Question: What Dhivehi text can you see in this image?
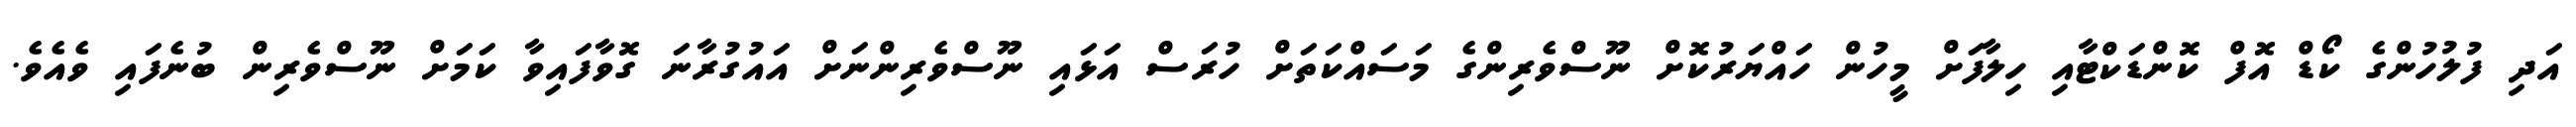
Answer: އަދި ފުލުހުންގެ ކޯޑް އޮފް ކޮންޑަކްޓާއި ހިލާފަށް މީހުން ހައްޔަރުކޮށް ނޫސްވެރިންގެ މަސައްކަތަށް ހުރަސް އަޅައި ނޫސްވެރިންނަށް އައުގުރާނަ ގޮވާފައިވާ ކަމަށް ނޫސްވެރިން ބުނެފައި ވެއެވެ.